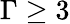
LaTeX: \Gamma\geq 3